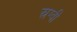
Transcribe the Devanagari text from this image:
स्रग्वी